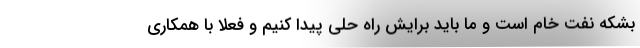
بشکه نفت خام است و ما باید برایش راه حلی پیدا کنیم و فعلاً با همکاری